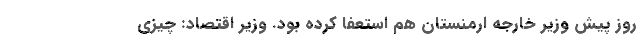
روز پیش وزیر خارجه ارمنستان هم استعفا کرده بود. وزیر اقتصاد: چیزی